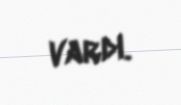
vardı.